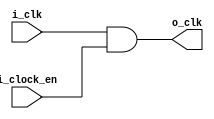
//////////////////////////////////////////////////////////////////////////////////
// Company: Personal
//
// Create Date:
// Design Name: clock_gating_model
// Module Name: clock_gating_model
// Project Name:
// Target Devices:
// Tool Versions:
// Description: modeling clock_gating 
// Dependencies:
//
// Revision:
// Revision 0.01 - File Created
// Additional Comments:
//
//////////////////////////////////////////////////////////////////////////////////
`timescale 1ns / 1ps

module clock_gating_model(
    input 	i_clk				,
    input 	i_clock_en			,
    output  o_clk
    );

	assign o_clk = i_clk & i_clock_en;

endmodule